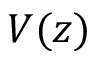
V ( z )